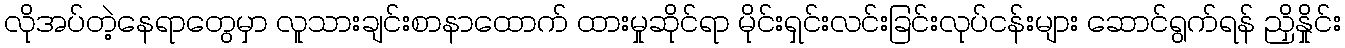
လိုအပ်တဲ့နေရာတွေမှာ လူသားချင်းစာနာထောက် ထားမှုဆိုင်ရာ မိုင်းရှင်းလင်းခြင်းလုပ်ငန်းများ ဆောင်ရွက်ရန် ညှိနှိုင်း